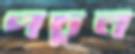
পচুন